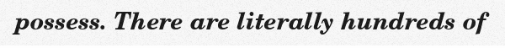
possess. There are literally hundreds of